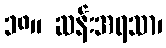
၁၈။ ဆန်းအရသာ၊